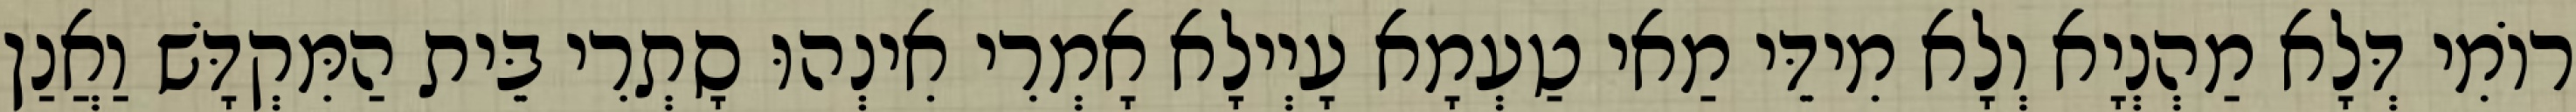
רוֹמִי דְּלָא מַהְנְיָא וְלָא מִידֵּי מַאי טַעְמָא עָיְילָא אָמְרִי אִינְהוּ סָתְרִי בֵּית הַמִּקְדָּשׁ וַאֲנַן